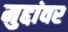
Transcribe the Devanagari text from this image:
मुद्दांवर